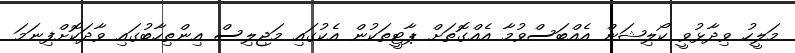
މަލީހު ވިދާޅުވީ ކޯލިޝަން އެއްބަސްވުމާ އެއްގޮތަށް ޕާޓީތަކުން އެކުގައި މަޖިލިސް އިންތިހާބުގައި ވާދަކޮށްފިނަމަ